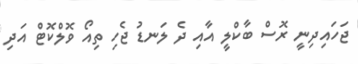
ޖަހައިދިނީ ރޮސް ބާކްލީ އާއި ދެ ލަނޑު ޖެހި ތިއޯ ވޮލްކޮޓް އަދި